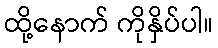
ထို့နောက် ကိုနှိပ်ပါ။